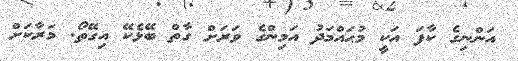
އަންނިގެ ކާފަ އަކީ މުޙައްމަދު އަމިންގެ ވަރަށް ގާތް ބޭޅެކޭ އިގޭތޯ. މަރާކަށް